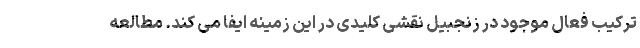
ترکیب فعال موجود در زنجبیل نقشی کلیدی در این زمینه ایفا می کند. مطالعه